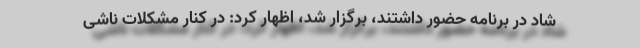
شاد در برنامه حضور داشتند، برگزار شد، اظهار کرد: در کنار مشکلات ناشی